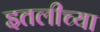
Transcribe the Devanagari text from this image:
इतलीच्या